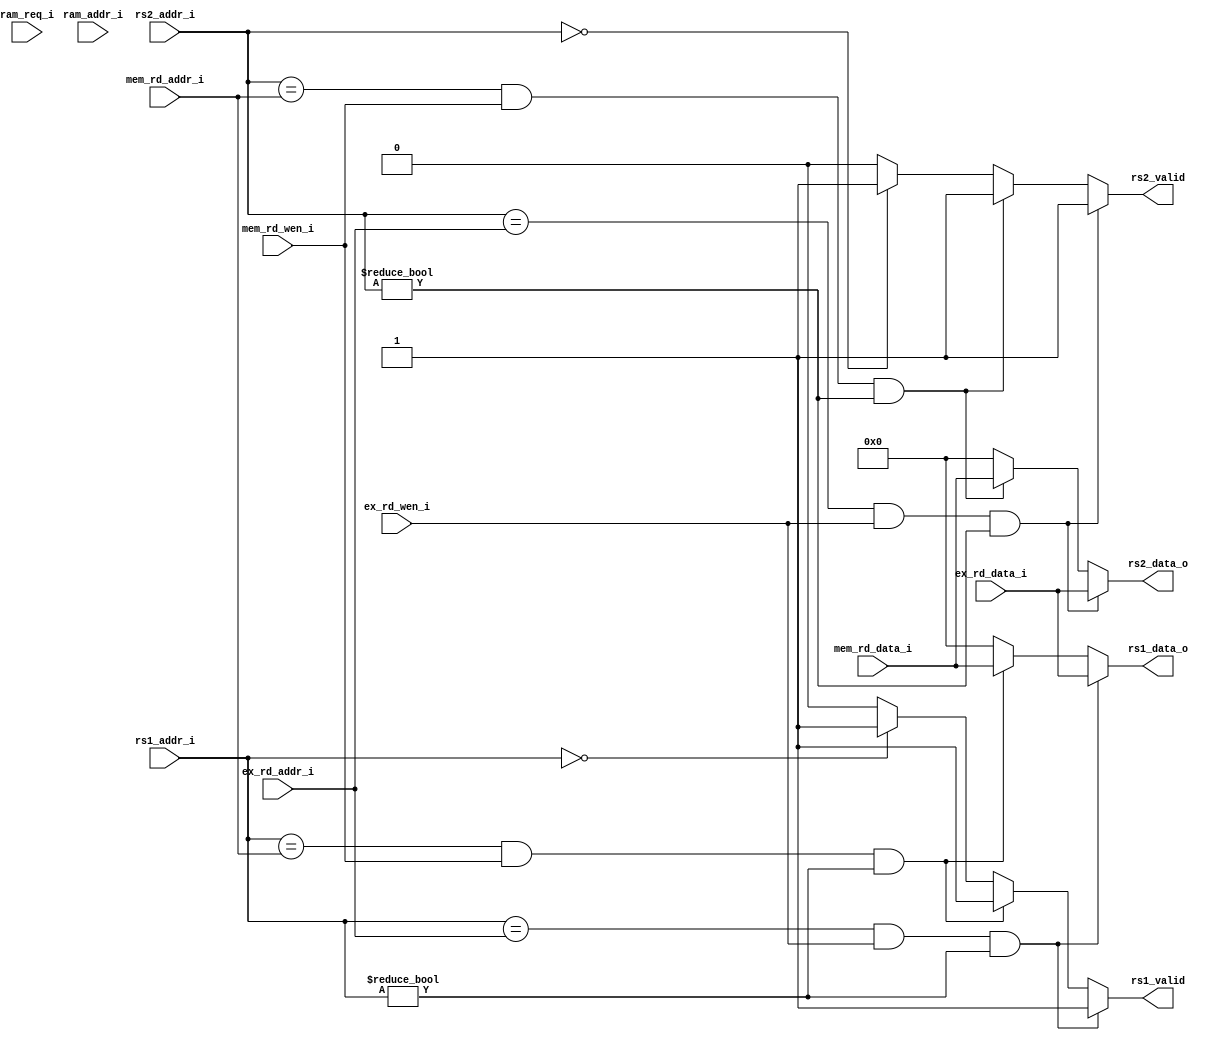
module CHECK
(
	//from id
	input wire [4 :0] rs1_addr_i       ,
	input wire [4 :0] rs2_addr_i       ,
	//from ex
	input wire [63:0] ram_addr_i       ,
	input wire        ram_req_i        ,
	//from ex                          
	input wire [4 :0] ex_rd_addr_i     ,
	input wire [63:0] ex_rd_data_i     ,
	input wire        ex_rd_wen_i      ,
	//from ex_mem mem                     
	input wire [4 :0] mem_rd_addr_i    ,
	input wire [63:0] mem_rd_data_i    ,
	input wire        mem_rd_wen_i     ,
	//input wire        ex_mem_ram_we_i  ,
	//input wire [63:0] ex_mem_ram_addr_i,
	//input wire [63:0] ex_mem_ram_data_i,
	//input wire        ex_mem_ram_req_i ,
	//to id 
	output reg [63:0] rs1_data_o       ,
	output reg [63:0] rs2_data_o       ,
	output reg        rs1_valid        ,
	output reg        rs2_valid        
	//to ex                            
	//output reg [63:0] ram_data_o       ,
	//output reg        ram_data_valid
);

	//check ram_addr_i
	/*always @(*)
		begin
			if(ram_req_i == 1'b1 && ex_mem_ram_we_i == 1'b1 && ex_mem_ram_req_i == 1'b1 && ram_addr_i == ex_mem_ram_addr_i) begin
				ram_data_o     = ex_mem_ram_data_i;
				ram_data_valid = 1'b1             ;
			end
			else begin
				ram_data_o     = 64'b0;
				ram_data_valid = 1'b0 ;
			end
		end*/
	
	//check rs1_addr_i
	always @(*)
		begin
			if(rs1_addr_i == ex_rd_addr_i && ex_rd_wen_i == 1'b1 && rs1_addr_i != 5'b0) begin
				rs1_data_o = ex_rd_data_i;
				rs1_valid  = 1'b1        ;
			end
			else if(rs1_addr_i == mem_rd_addr_i && mem_rd_wen_i == 1'b1 && rs1_addr_i != 5'b0) begin
				rs1_data_o = mem_rd_data_i;
				rs1_valid  = 1'b1         ;
			end
			else if(rs1_addr_i == 5'b0) begin
				rs1_data_o = 64'b0;
				rs1_valid  = 1'b1 ;
			end
			else begin
				rs1_data_o = 64'b0;
				rs1_valid  = 1'b0 ;
			end
		end
		
	//chech rs2_addr_i
	always @(*)
		begin
			if(rs2_addr_i == ex_rd_addr_i && ex_rd_wen_i == 1'b1 && rs2_addr_i != 5'b0) begin
				rs2_data_o = ex_rd_data_i;
				rs2_valid  = 1'b1        ;
			end
			else if(rs2_addr_i == mem_rd_addr_i && mem_rd_wen_i == 1'b1 && rs2_addr_i != 5'b0) begin
				rs2_data_o = mem_rd_data_i;
				rs2_valid  = 1'b1         ;
			end
			else if(rs2_addr_i == 5'b0) begin
				rs2_data_o = 64'b0;
				rs2_valid  = 1'b1 ;
			end
			else begin
				rs2_data_o = 64'b0;
				rs2_valid  = 1'b0 ;
			end
		end

endmodule